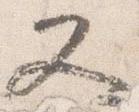
又